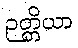
ဉတ္တိယာ